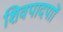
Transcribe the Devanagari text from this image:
शिवपादपाों